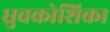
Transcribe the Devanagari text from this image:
ध्रुवकोशिका